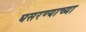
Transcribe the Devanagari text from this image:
घसरण्याच्या